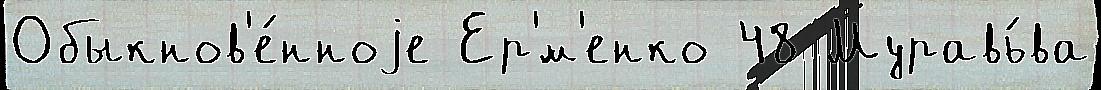
Обыкнов'е́нноjе Ер'́м'енко 48 Муравь́ва